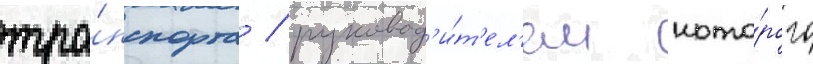
тра́нспорта / руковод'и́т'ел'ем кото́рого